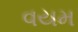
વયમ